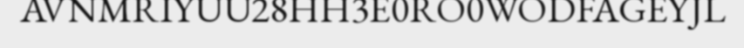
AVNMRIYUU28HH3E0RO0WODFAGEYJL